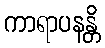
ကာရာပနန္တိ